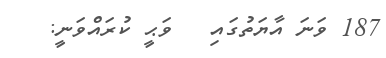
187 ވަނަ އާޔަތުގައި   ވަޙީ ކުރައްވަނީ: